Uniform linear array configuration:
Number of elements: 12
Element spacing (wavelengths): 0.75
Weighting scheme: blackman
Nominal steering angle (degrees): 60
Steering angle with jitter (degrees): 59.045
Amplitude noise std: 0.05
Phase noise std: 0.05

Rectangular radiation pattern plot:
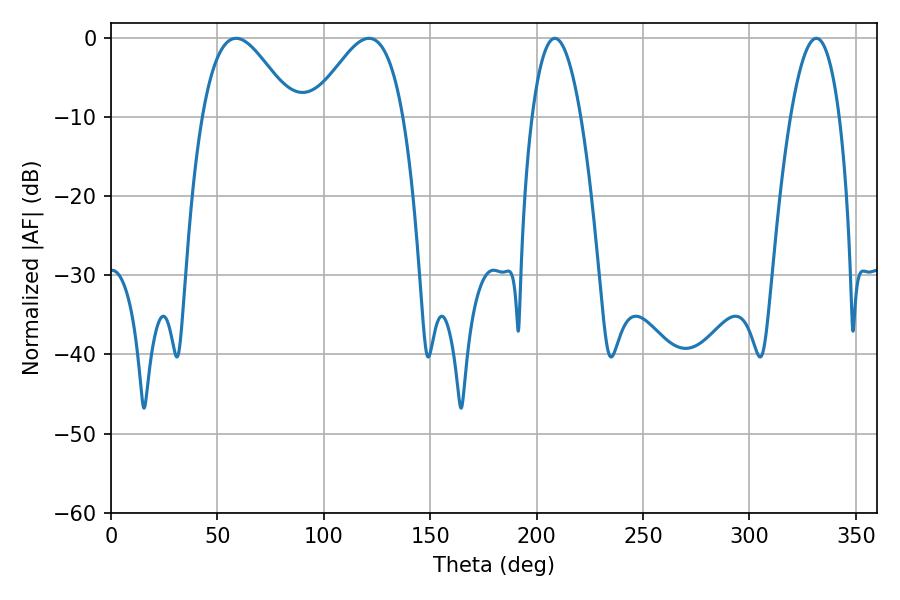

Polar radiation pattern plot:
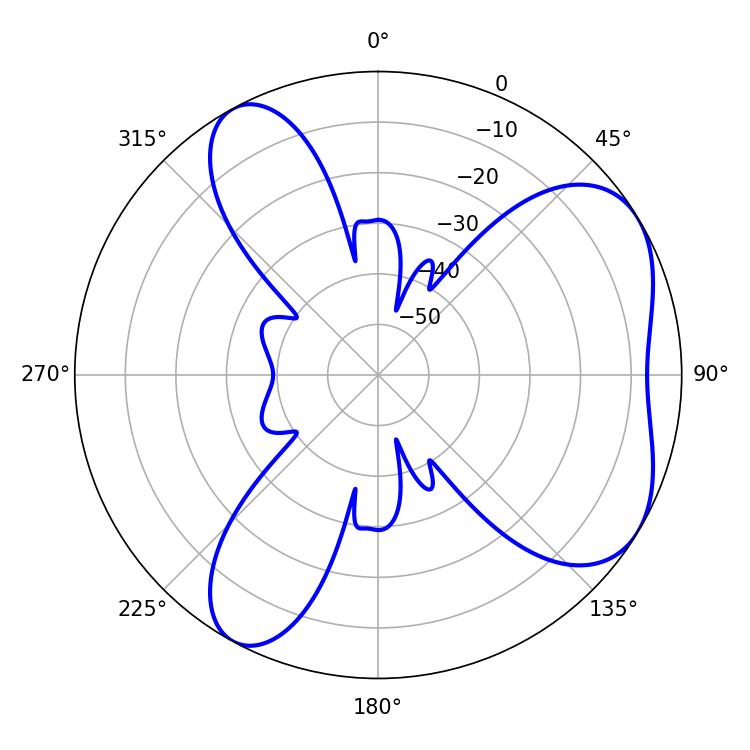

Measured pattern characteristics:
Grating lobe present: TRUE
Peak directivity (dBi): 5.52
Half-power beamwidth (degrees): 23.04
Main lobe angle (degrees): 58.86